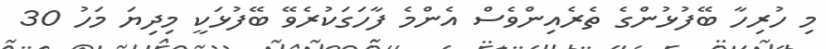
މި ހުރިހާ ބޭފުޅުންގެ ތެރެއިންވެސް އެންމެ ފާހަގަކުރެވޭ ބޭފުޅަކީ މިދިޔަ މަހު 30